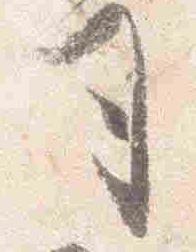
司